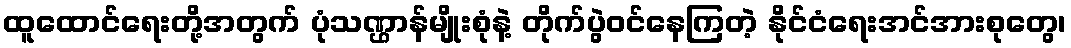
ထူထောင်ရေးတို့အတွက် ပုံသဏ္ဌာန်မျိုးစုံနဲ့ တိုက်ပွဲဝင်နေကြတဲ့ နိုင်ငံရေးအင်အားစုတွေ၊